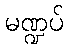
မဏ္ဍပ်